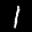
Label: 1